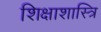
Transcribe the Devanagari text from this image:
शिक्षाशास्त्रि